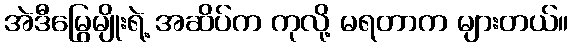
အဲဒီမြွေမျိုးရဲ့ အဆိပ်က ကုလို့ မရတာက များတယ်။